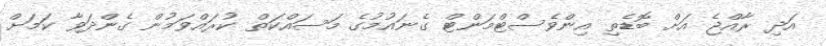
އަދި ރާއްޖެ އަށް ބޮޑެތި އިންވެސްޓްމަންޓް ގެނައުމުގެ މަސައްކަތް ކުރައްވަމުން ގެންދަވާ ކަމަށް